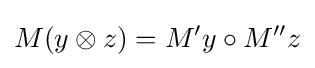
M(y\otimes z)=M'y\circ M''z